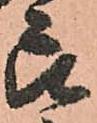
良